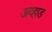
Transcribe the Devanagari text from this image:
अव्हाड